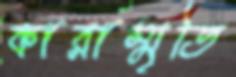
কারাস্মৃতি